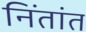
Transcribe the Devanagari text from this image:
निंतांत